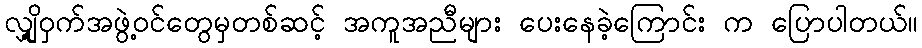
လျှို့ဝှက်အဖွဲ့ဝင်တွေမှတစ်ဆင့် အကူအညီများ ပေးနေခဲ့ကြောင်း က ပြောပါတယ်။